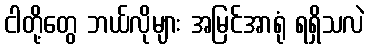
ငါတို့တွေ ဘယ်လိုများ အမြင်အာရုံ ရရှိသလဲ